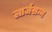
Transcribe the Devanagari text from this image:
लार्जसन्न